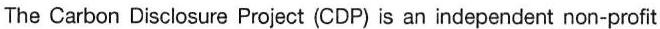
The Carbon Disclosure Project (CDP) is an independent non-profit